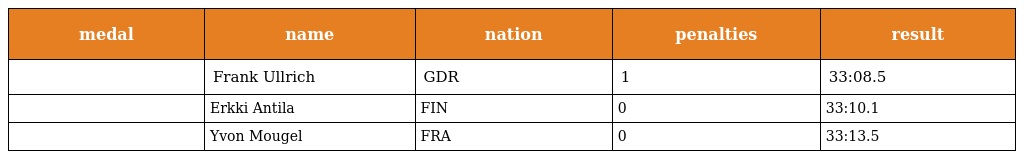
| medal | name | nation | penalties | result |
 | --- | --- | --- | --- | --- |
 |  | Frank Ullrich | GDR | 1 | 33:08.5 |
 |  | Erkki Antila | FIN | 0 | 33:10.1 |
 |  | Yvon Mougel | FRA | 0 | 33:13.5 |